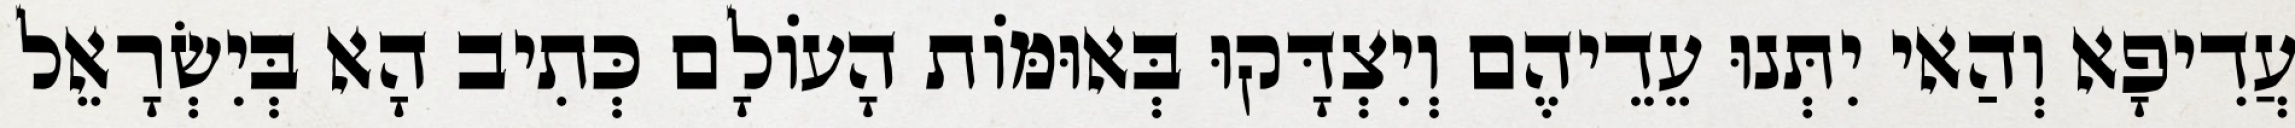
עֲדִיפָא וְהַאי יִתְּנוּ עֵדֵיהֶם וְיִצְדָּקוּ בְּאוּמּוֹת הָעוֹלָם כְּתִיב הָא בְּיִשְׂרָאֵל